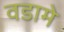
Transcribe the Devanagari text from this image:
वडामे